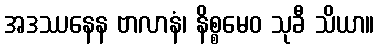
အဒဿနေန ဗာလာနံ၊ နိစ္စမေဝ သုခီ သိယာ။